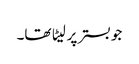
جو بستر پر لیٹا تھا۔